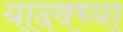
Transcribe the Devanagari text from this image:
यादवच्या